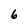
Character: 6